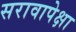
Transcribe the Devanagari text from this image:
सरावापेक्षा